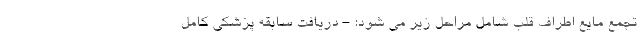
تجمع مایع اطراف قلب شامل مراحل زیر می شود: - دریافت سابقه پزشکی کامل